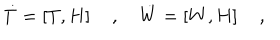
LaTeX: { \dot { T } } = \left[ T , H \right] \quad , \quad { \dot { W } } = \left[ W , H \right] \quad ,